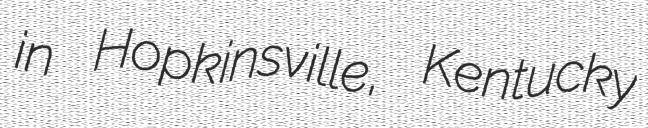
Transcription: in Hopkinsville, Kentucky